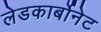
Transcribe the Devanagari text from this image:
लेडकार्बोनेट